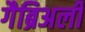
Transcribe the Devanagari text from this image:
गैब्रिअली